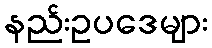
နည်းဥပဒေများ